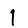
Digit: 1